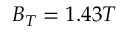
B _ { T } = 1 . 4 3 T